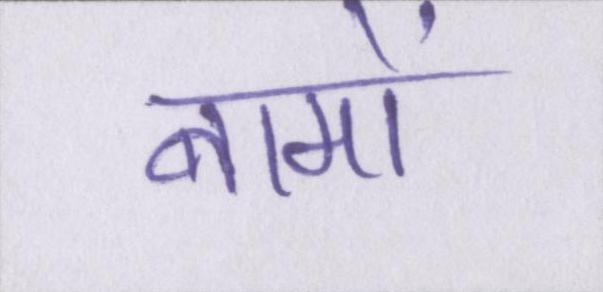
नामों